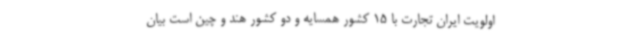
اولویت ایران تجارت با 15 کشور همسایه و دو کشور هند و چین است بیان